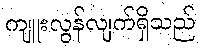
ကျူးလွန်လျက်ရှိသည်